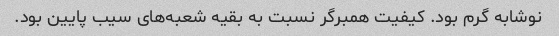
نوشابه گرم بود. کیفیت همبرگر نسبت به بقیه شعبه‌های سیب پایین بود.